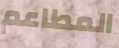
المطاعم